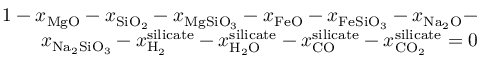
\begin{array} { r } { 1 - { x _ { \mathrm { { M g O } } } } - { x _ { { \mathrm { S i } } { \mathrm { { O } } _ { \mathrm { 2 } } } } } - { x _ { \mathrm { { M g S i } } { { \mathrm { O } } _ { \mathrm { { 3 } } } } } } - { x _ { { \mathrm { F e O } } } } - { x _ { \mathrm { { F e S i } } { { \mathrm { O } } _ { \mathrm { { 3 } } } } } } - { x _ { { \mathrm { N } } { \mathrm { { a } } _ { \mathrm { 2 } } } \mathrm { { O } } } } - } \\ { { x _ { { \mathrm { N } } { \mathrm { { a } } _ { \mathrm { 2 } } } \mathrm { { S i } } { { \mathrm { O } } _ { \mathrm { { 3 } } } } } } - x _ { { { \mathrm { H } } _ { \mathrm { { 2 } } } } } ^ { { \mathrm { s i l i c a t e } } } - x _ { { \mathrm { { H } } _ { \mathrm { 2 } } } \mathrm { { O } } } ^ { { \mathrm { s i l i c a t e } } } - x _ { \mathrm { { C O } } } ^ { { \mathrm { s i l i c a t e } } } - x _ { \mathrm { { C } } { { \mathrm { O } } _ { \mathrm { { 2 } } } } } ^ { { \mathrm { s i l i c a t e } } } = 0 } \end{array}